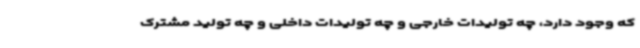
که وجود دارد، چه تولیدات خارجی و چه تولیدات داخلی و چه تولید مشترک